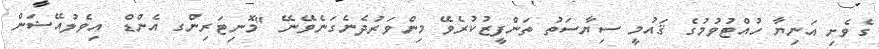
ގެވެށި އަނިޔާ ހުއްޓުވުމުގެ ޤައުމީ ސިޔާސަތު ތަންފީޒުކުރެވޭ މިންވަރުދެނެގަނެވޭނޭ "މޮނިޓަރިންގ އެންޑް އިވެލުއޭޝަން